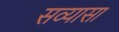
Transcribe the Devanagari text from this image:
सव्यासा